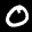
Label: 0